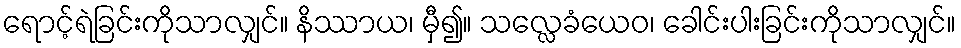
ရောင့်ရဲခြင်းကိုသာလျှင်။ နိဿာယ၊ မှီ၍။ သလ္လေခံယေဝ၊ ခေါင်းပါးခြင်းကိုသာလျှင်။